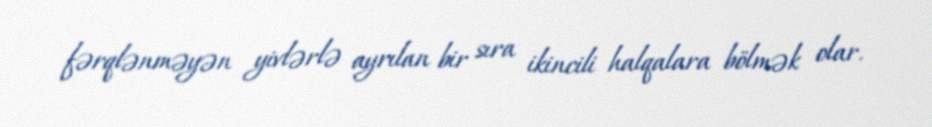
fərqlənməyən yivlərlə ayrılan bir sıra ikincili halqalara bölmək olar.